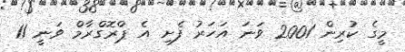
މީގެ ކުރިން 2001 ވަނަ އަހަރު ފެށި އެ ޕްރޮގްރާމް ވަނީ 11